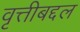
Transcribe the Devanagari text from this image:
वृत्तीबद्दल